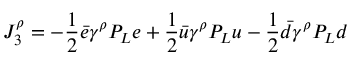
J _ { 3 } ^ { \rho } = - \frac { 1 } { 2 } \bar { e } \gamma ^ { \rho } P _ { L } e + \frac { 1 } { 2 } \bar { u } \gamma ^ { \rho } P _ { L } u - \frac { 1 } { 2 } \bar { d } \gamma ^ { \rho } P _ { L } d